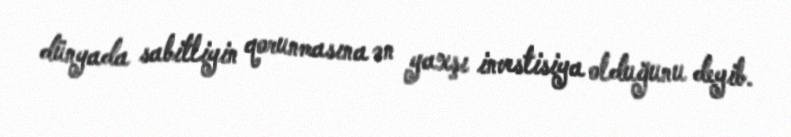
dünyada sabitliyin qorunmasına ən yaxşı investisiya olduğunu deyib.